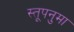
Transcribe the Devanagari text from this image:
स्तूपनुमा